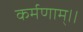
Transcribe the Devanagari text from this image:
कर्मणाम्।।